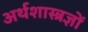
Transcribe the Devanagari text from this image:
अर्थशास्त्रज्ञों